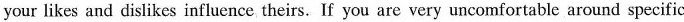
your likes and dislikes influence theirs. If you are very uncomfortable around specific